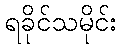
ရခိုင်သမိုင်း